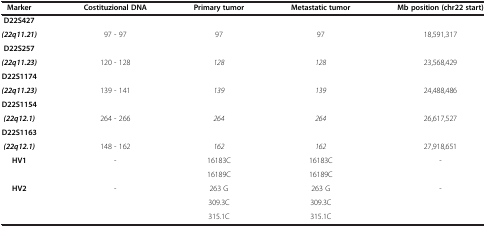
| Marker | Costituzional DNA | Primary tumor | Metastatic tumor | Mb position (chr22 start) |
 | --- | --- | --- | --- | --- |
 | D22S427 |  |  |  |  |
 | (22q11.21) | 97 - 97 | 97 | 97 | 18,591,317 |
 | D22S257 |  |  |  |  |
 | (22q11.23) | 120 - 128 | 128 | 128 | 23,568,429 |
 | D22S1174 |  |  |  |  |
 | (22q11.23) | 139 - 141 | 139 | 139 | 24,488,486 |
 | D22S1154 |  |  |  |  |
 | (22q12.1) | 264 - 266 | 264 | 264 | 26,617,527 |
 | D22S1163 |  |  |  |  |
 | (22q12.1) | 148 - 162 | 162 | 162 | 27,918,651 |
 | HV1 | - | 16183C | 16183C | - |
 |  |  | 16189C | 16189C |  |
 | HV2 | - | 263 G | 263 G | - |
 |  |  | 309.3C | 309.3C |  |
 |  |  | 315.1C | 315.1C |  |